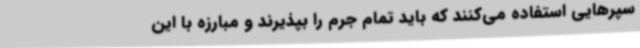
سپرهایی استفاده می‌کنند که باید تمام جرم را بپذیرند و مبارزه با این